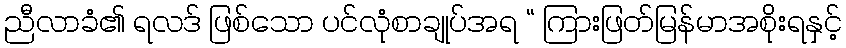
ညီလာခံ၏ ရလဒ် ဖြစ်သော ပင်လုံစာချုပ်အရ “ ကြားဖြတ်မြန်မာအစိုးရနှင့်